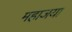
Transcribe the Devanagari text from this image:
महाजया